Civil Veterinary Dept. Assam report 1927-50 - 1927-1950
Year: 1927
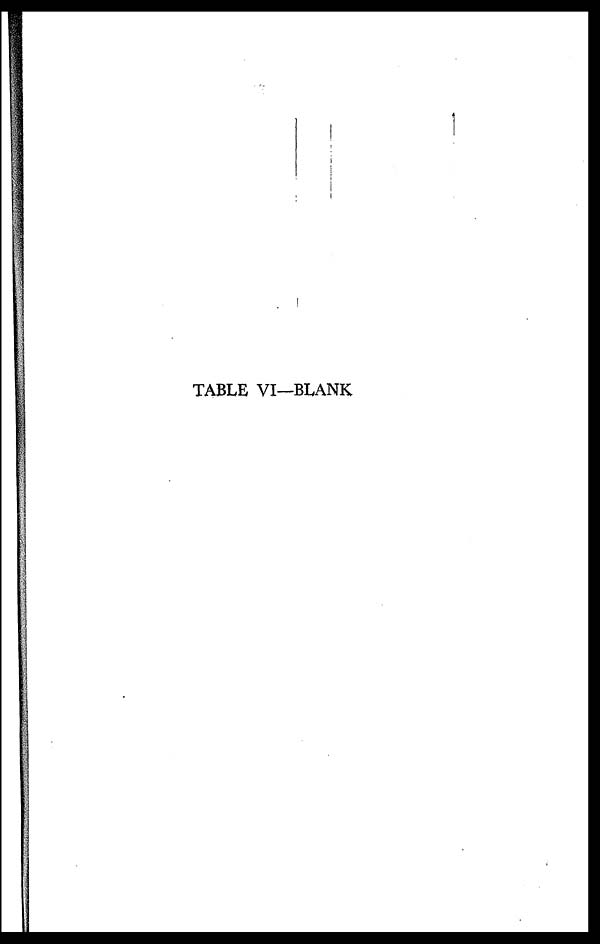
TABLE VI—BLANK